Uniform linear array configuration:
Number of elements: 12
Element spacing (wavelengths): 0.25
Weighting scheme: kaiser
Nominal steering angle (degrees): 0
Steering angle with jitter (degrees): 1.071
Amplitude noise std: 0.05
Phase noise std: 0.05

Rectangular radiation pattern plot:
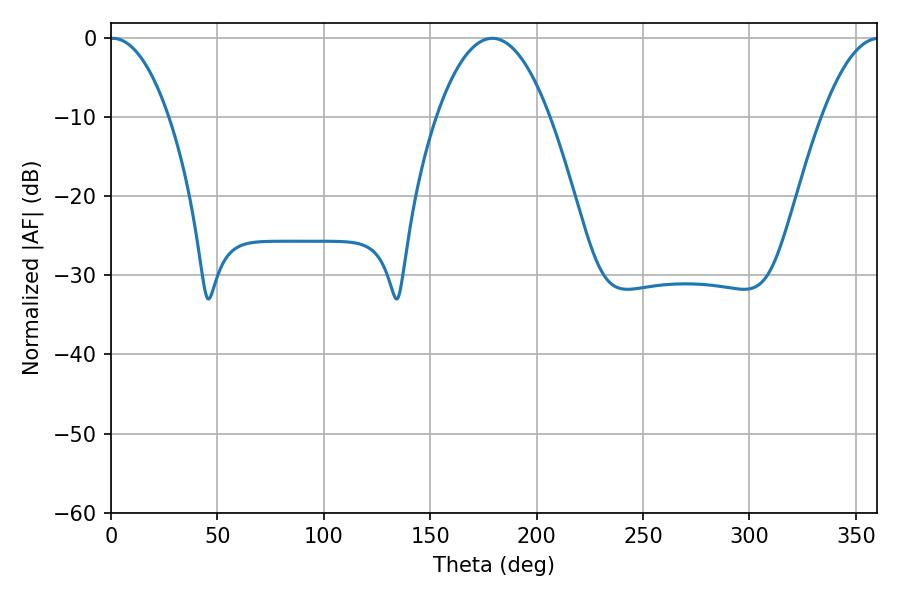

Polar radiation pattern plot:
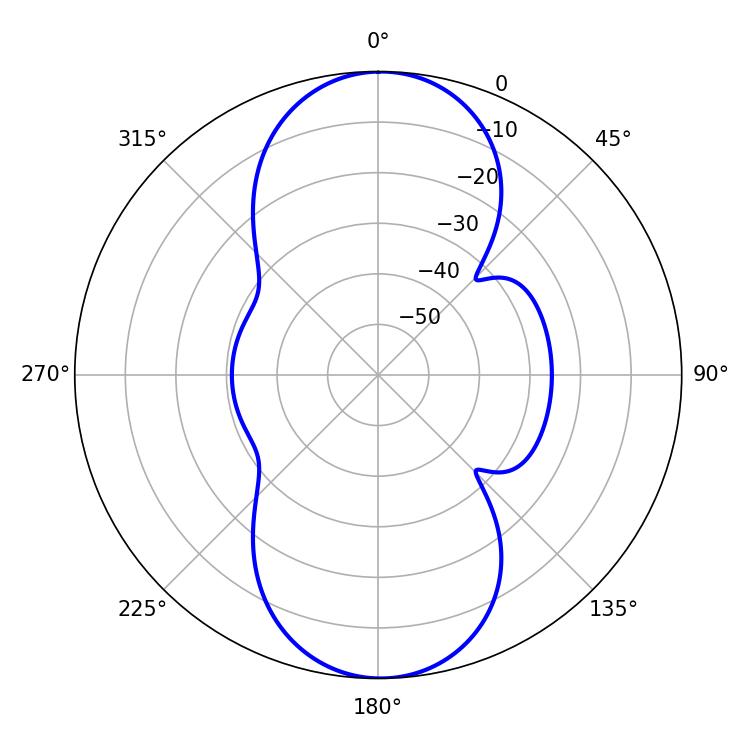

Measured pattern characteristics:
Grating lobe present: FALSE
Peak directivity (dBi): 22.184
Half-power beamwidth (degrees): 15.48
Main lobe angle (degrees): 0.9